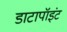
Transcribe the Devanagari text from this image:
डाटापॉइंट